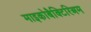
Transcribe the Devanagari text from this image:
माइकोबैक्टिरिअम